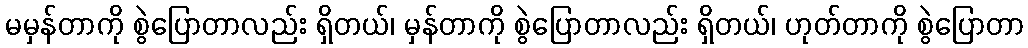
မမှန်တာကို စွဲပြောတာလည်း ရှိတယ်၊ မှန်တာကို စွဲပြောတာလည်း ရှိတယ်၊ ဟုတ်တာကို စွဲပြောတာ